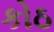
કોઠ